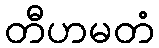
တီဟမတံ